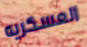
العسكريه